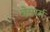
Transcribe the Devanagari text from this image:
वेस्पर्स